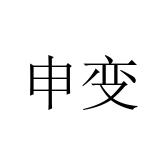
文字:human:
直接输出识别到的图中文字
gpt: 申变